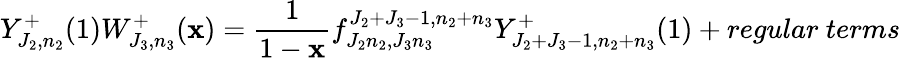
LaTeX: Y_{J_{2},n_{2}}^{+}(1)W_{J_{3},n_{3}}^{+}(\mathbf{x})=\frac{{1}}{{1-\mathbf{x}}}f_{J_{2}n_{2},J_{3}n_{3}}^{J_{2}+J_{3}-1,n_{2}+n_{3}}Y_{J_{2}+J_{3}-1,n_{2}+n_{3}}^{+}(1)+regular~terms